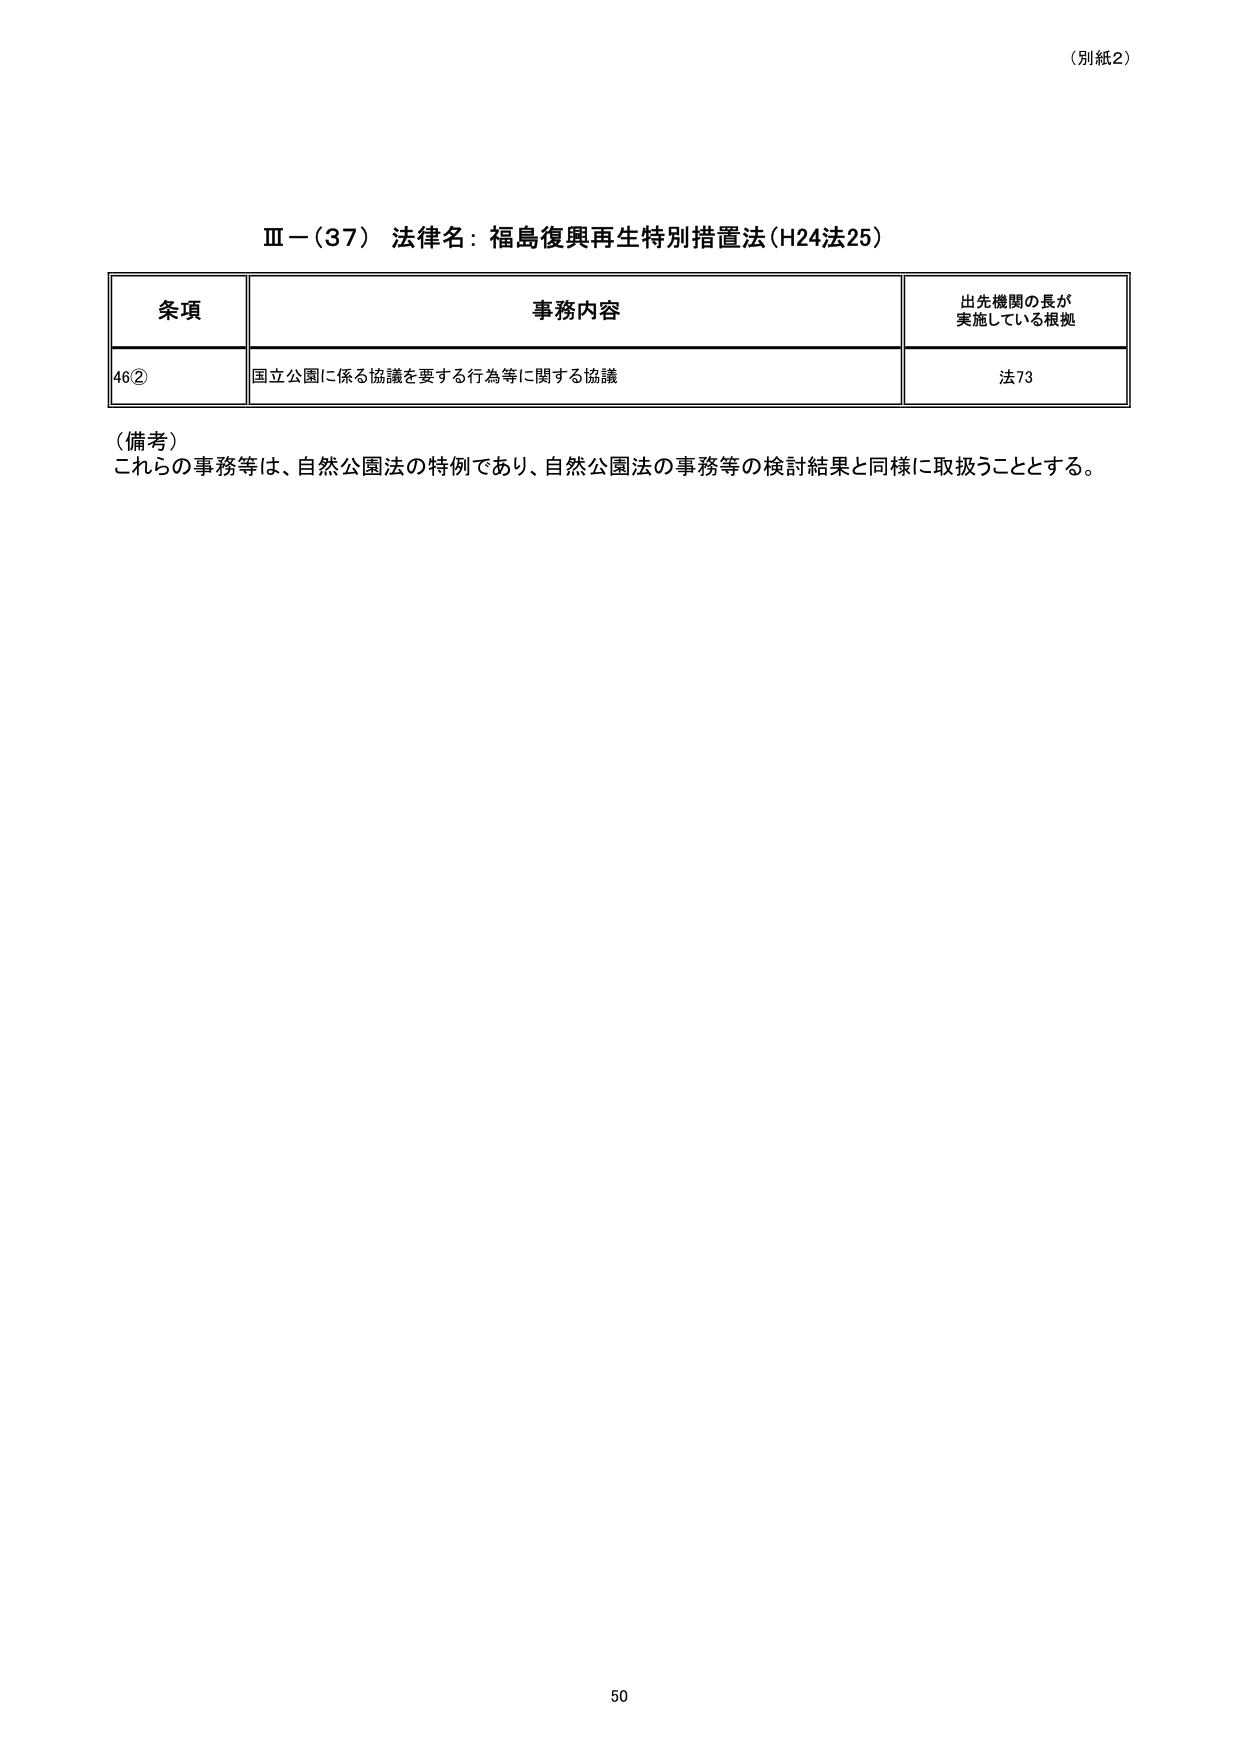
（別紙2）

Ⅲ－（37） 法律名：福島復興再生特別措置法（H24法25）

条項 事務内容 出先機関の長が 実施している根拠
46② 国立公園に係る協議を要する行為等に関する協議 法73

（備考）
これらの事務等は、自然公園法の特例であり、自然公園法の事務等の検討結果と同様に取扱うこととする。

50